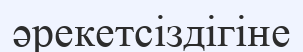
әрекетсіздігіне